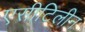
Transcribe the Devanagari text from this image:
एसीटिलीन